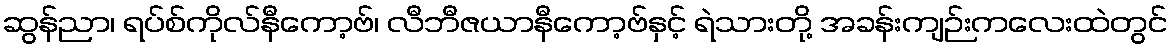
ဆွန်ညာ၊ ရပ်စ်ကိုလ်နီကော့ဗ်၊ လီဘီဇယာနီကော့ဗ်နှင့် ရဲသားတို့ အခန်းကျဉ်းကလေးထဲတွင်